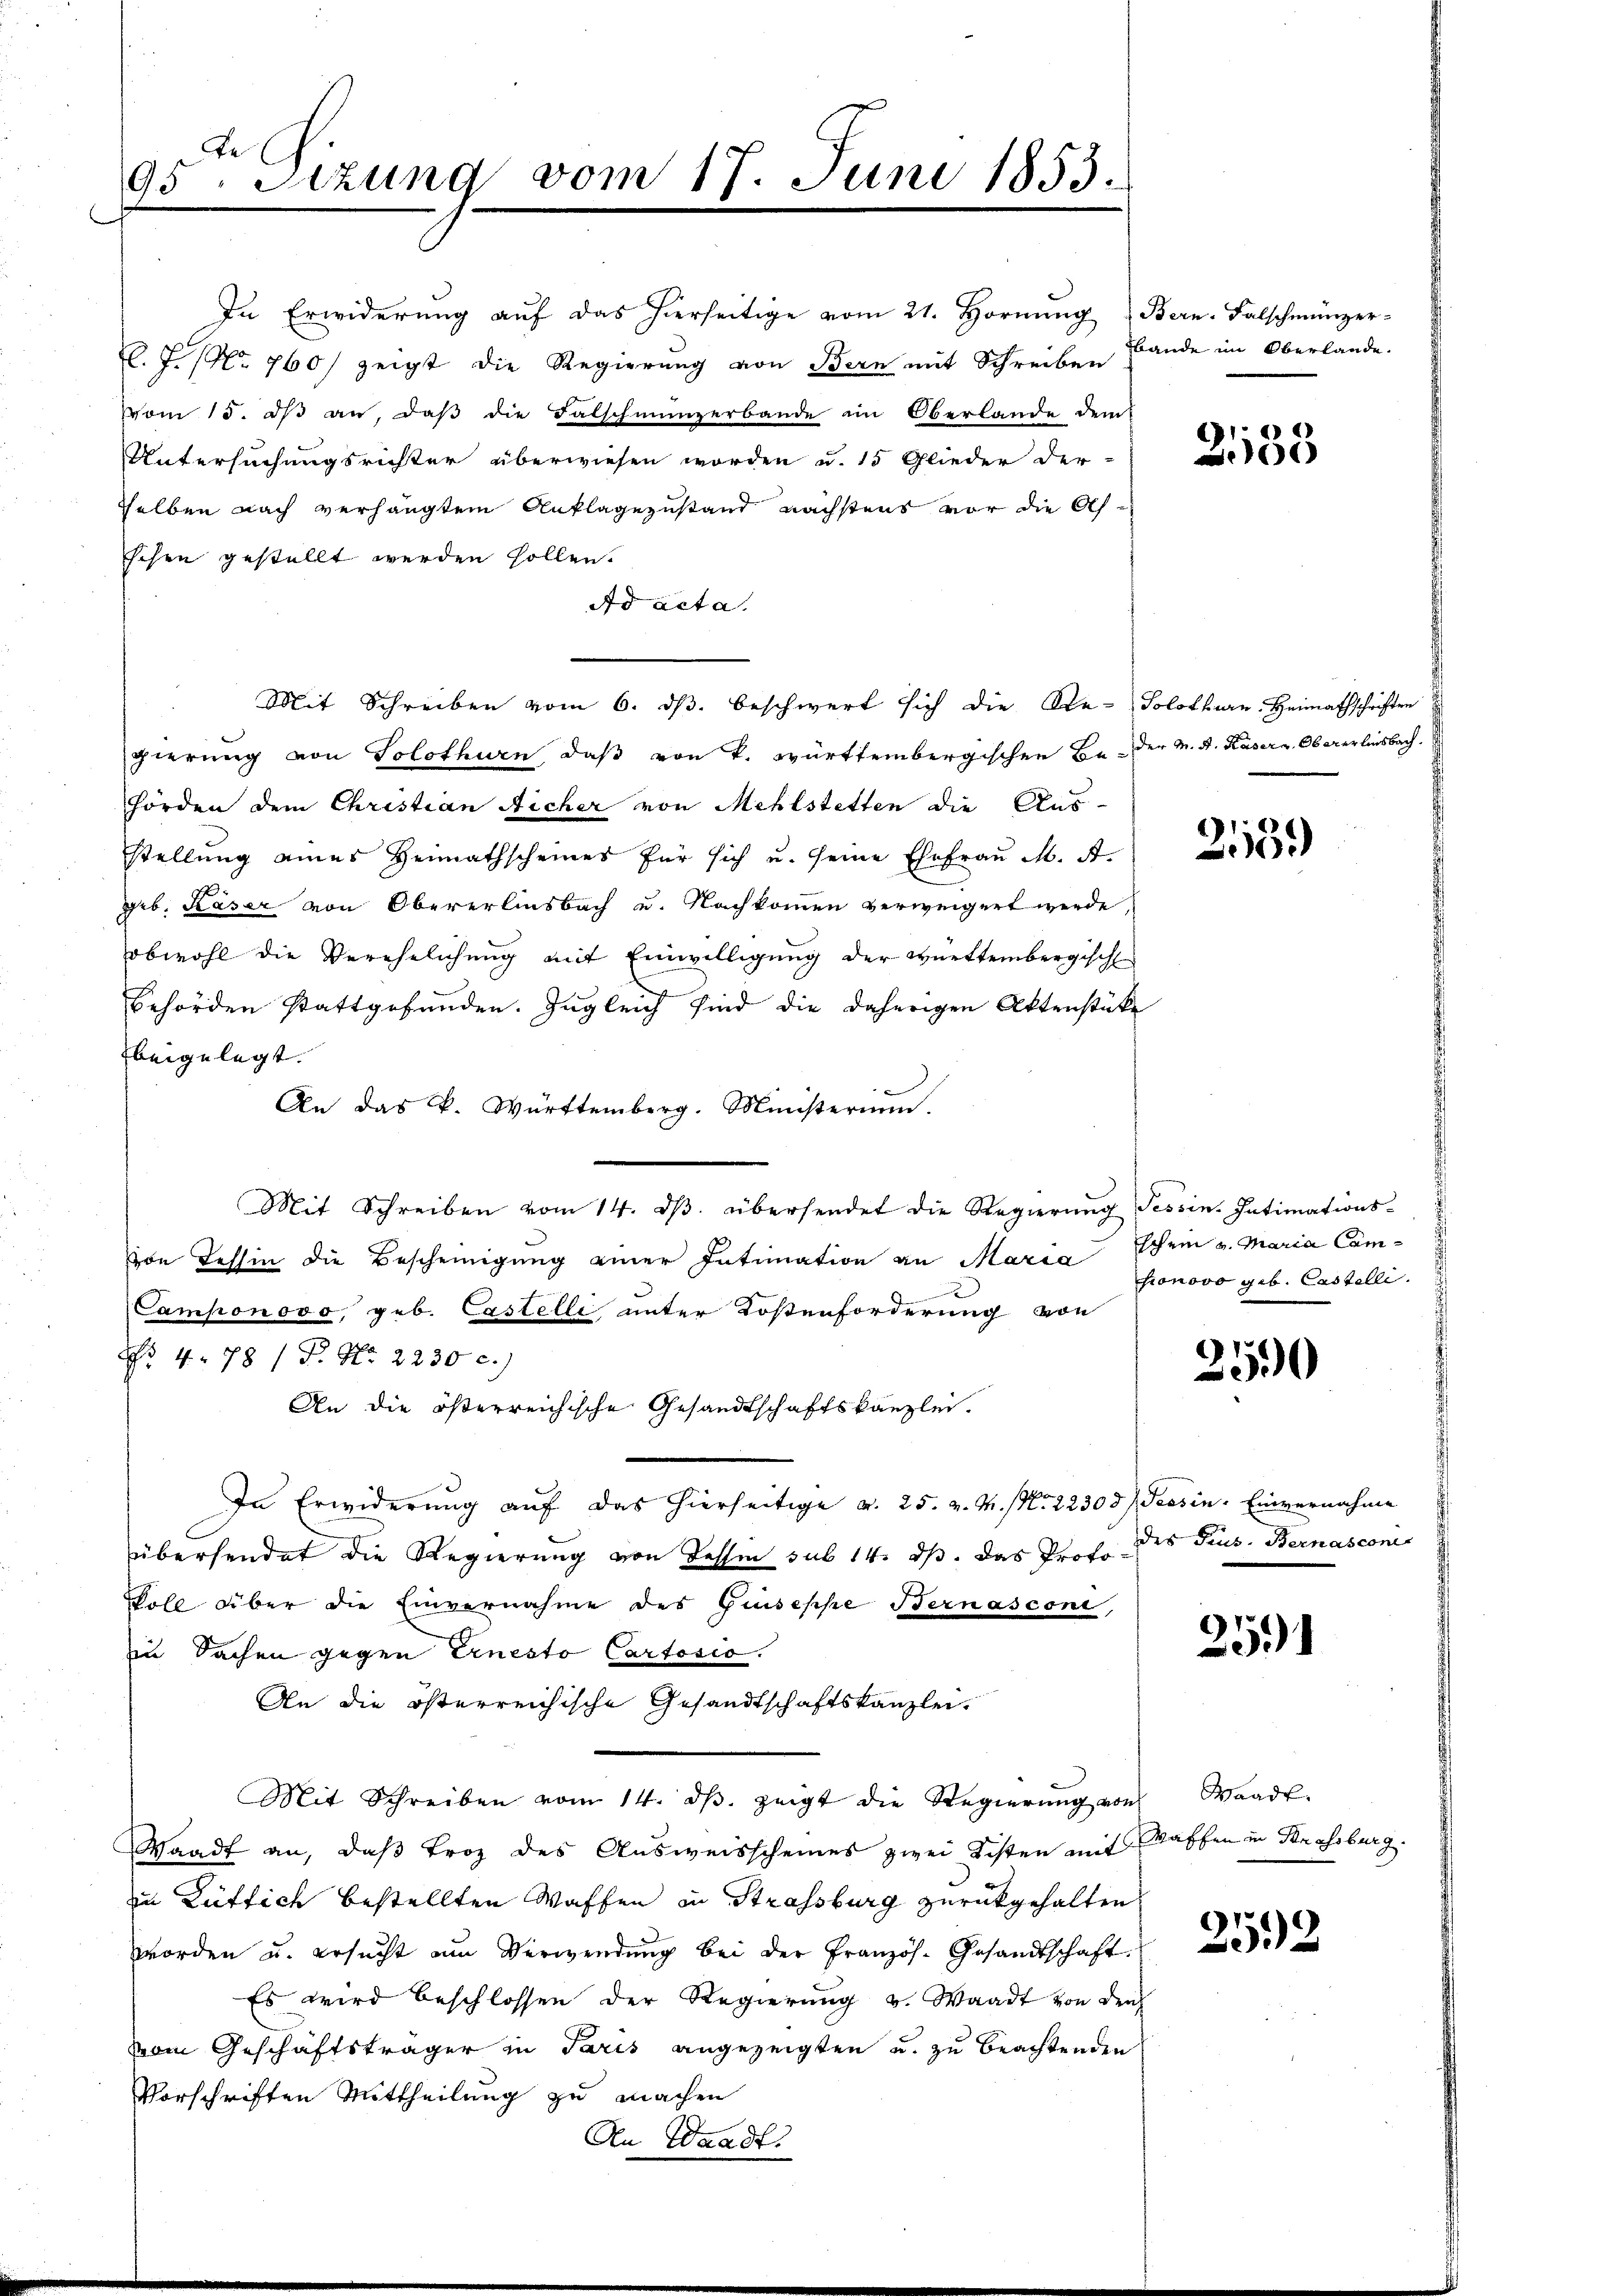
De
85. Sitzung vom 17. Juni 1853.

In Erwiderŭng aŭf das hierseitige vom 21. Hornŭng Bern. Falschmünzer-
l. J. No 760) zeigt die Regierung von Bern mit Schreiben Lande im Oberlande.
vom 15. dβ an, daβ die Falschmünzerbande im Oberlande dem
Untersuchungsrichter überwiesen worden u. 15 Glieder der-
selben nach verhängten Anklagezustand nächstens vor die Afschen gestellt werden sollen.
Ad acta.
gierung von Solothurn, daß von k. württembergischen Be- der M. A. Kasern. Obererbensbach.
hörden dem Christian Aicher von Mehlstetten die Aus-
stellung eines Heimathscheines für sich u. seine Ehefrau M. A.
geb. Kaser von Obererlinsbach u. Nachkommen verweigert werde,
obwohl die Verehelichung mit Einwilligung der Württembergisch
Behörden stattgefunden. Zugleich sind die daherigen Aktenstücke
beigelegt.
An das k. Württemberg. Ministerium.
Mit Schreiben vom 14. dβ. übersendet die Regierŭng Tessin. Intimations-
von Tessin die Bescheinigung einer Intimation an Maria
Camponovo, geb. Castelli unter Kostenforderung von
Nr 4. 78 / P. Nr. 2230 c.)
An die österreichische Gesandtschaftskanzlei.
In Erwiderung auf das hierseitige v. 25. v. M. No 22308) Tessin. Einvernahme
übersendet die Regierung von dessen sub 14. ds. das Prof. des Prus. Bernasconi
Voll über die Einvernahme des Guseppe Bernasconi,
In Sachen gegen Ernesto Cartosio.
An die österreichische Gesandtschaftskanzlei.
Mit Schreiben vom 14. dβ zeigt die Regierŭng von Waadt-
Waadt an, daß Froz des Ausweisscheines zwei Kisten mit Waffen in Krassburg.
in Lütlich bestellten Waffen in Strassburg zurückgehalten
worden u. ersucht am Verwendung bei der Französ. Gesandtschaft
Es wird beschlossen der Regierŭng u. Waadt von den
vom Geschäftsträger in Paris angezeigten u. zu beachtenden
Vorschriften Mittheilung zu machen
An Waadt.

Mit Schreiben vom 6. ds. beschwert sich die Re-Solothurn. Heimathschriften

3133

2539)

hohen v. Maria Camhionovo geb. Castelli.

250

251

252